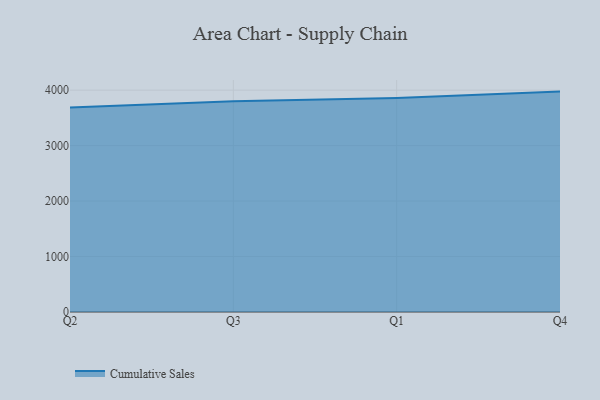
{"axis": {"x": "Quarter", "y": "Population (Million)"}, "legend": ["Cumulative Sales"], "data": [{"x": "Q2", "y": 3685.5, "type": "Cumulative Sales"}, {"x": "Q3", "y": 3799.6, "type": "Cumulative Sales"}, {"x": "Q1", "y": 3860.3, "type": "Cumulative Sales"}, {"x": "Q4", "y": 3973.8, "type": "Cumulative Sales"}]}